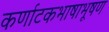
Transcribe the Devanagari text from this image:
कर्णाटकभाषाभूषण